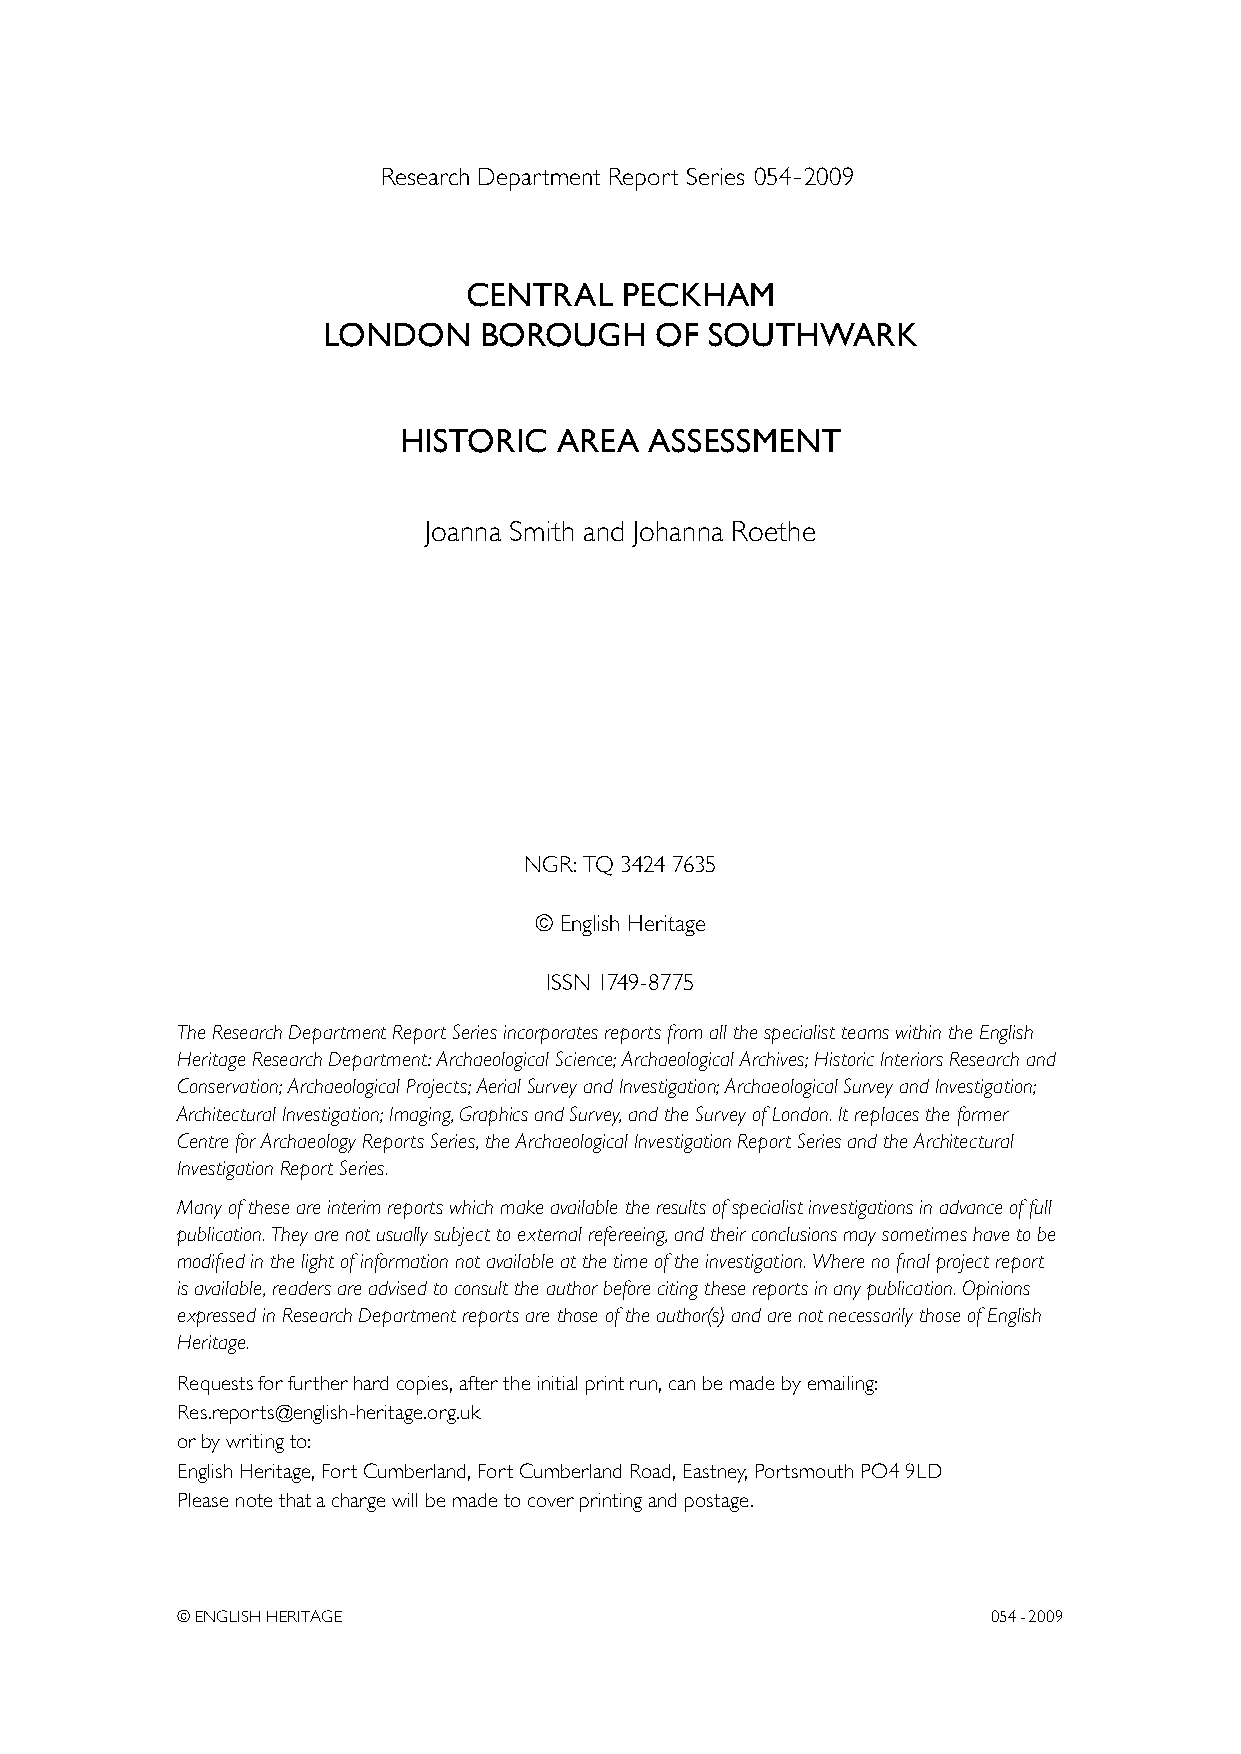
Research Department Report Series 054- 2009
 CENTRAL   PECKHAM
 LONDON     BOROUGH    OF  SOUTHWARK
 HISTORIC   AREA  ASSESSMENT
 Joanna Smith and Johanna Roethe
 NGR: TQ 3424 7635
 © English Heritage
 ISSN 1749-8775
 The Research Department Report Series incorporates reports from all the specialist teams within the English
 Heritage Research Department: Archaeological Science; Archaeological Archives; Historic Interiors Research and
 Conservation; Archaeological Projects; Aerial Survey and Investigation; Archaeological Survey and Investigation;
 Architectural Investigation; Imaging, Graphics and Survey, and the Survey of London. It replaces the former
 Centre for Archaeology Reports Series, the Archaeological Investigation Report Series and the Architectural
 Investigation Report Series.
 Many of these are interim reports which make available the results of specialist investigations in advance of full
 publication. They are not usually subject to external refereeing, and their conclusions may sometimes have to be
 modified in the light of information not available at the time of the investigation. Where no final project report
 is available, readers are advised to consult the author before citing these reports in any publication. Opinions
 expressed in Research Department reports are those of the author(s) and are not necessarily those of English
 Heritage.
 Requests for further hard copies, after the initial print run, can be made by emailing:
 Res.reports@english-heritage.org.uk
 or by writing to:
 English Heritage, Fort Cumberland, Fort Cumberland Road, Eastney, Portsmouth PO4 9LD
 Please note that a charge will be made to cover printing and postage.
 © ENGLISH HERITAGE                                    054- 2009